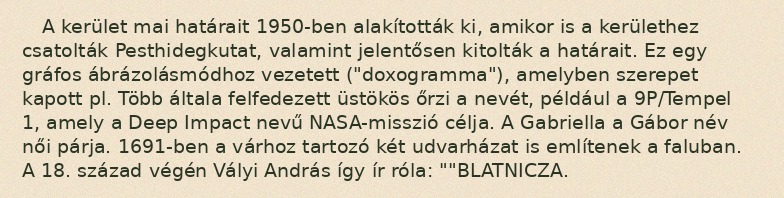
A kerület mai határait 1950-ben alakították ki, amikor is a kerülethez csatolták Pesthidegkutat, valamint jelentősen kitolták a határait. Ez egy gráfos ábrázolásmódhoz vezetett ("doxogramma"), amelyben szerepet kapott pl. Több általa felfedezett üstökös őrzi a nevét, például a 9P/Tempel 1, amely a Deep Impact nevű NASA-misszió célja. A Gabriella a Gábor név női párja. 1691-ben a várhoz tartozó két udvarházat is említenek a faluban. A 18. század végén Vályi András így ír róla: ""BLATNICZA.